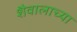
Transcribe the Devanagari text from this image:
शैवालाच्या